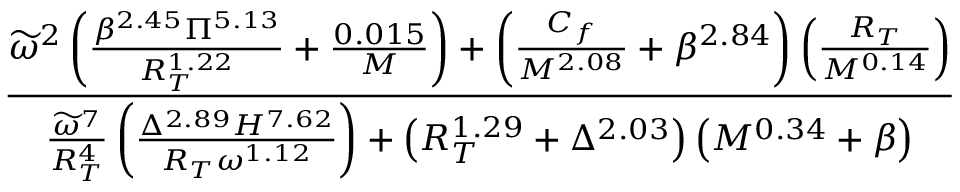
\frac { \widetilde { \omega } ^ { 2 } \left( \frac { \beta ^ { 2 . 4 5 } \Pi ^ { 5 . 1 3 } } { R _ { T } ^ { 1 . 2 2 } } + \frac { 0 . 0 1 5 } { M } \right) + \left( \frac { C _ { f } } { M ^ { 2 . 0 8 } } + \beta ^ { 2 . 8 4 } \right) \left( \frac { R _ { T } } { M ^ { 0 . 1 4 } } \right) } { \frac { \widetilde { \omega } ^ { 7 } } { R _ { T } ^ { 4 } } \left( \frac { \Delta ^ { 2 . 8 9 } H ^ { 7 . 6 2 } } { R _ { T } \omega ^ { 1 . 1 2 } } \right) + \left( R _ { T } ^ { 1 . 2 9 } + \Delta ^ { 2 . 0 3 } \right) \left( M ^ { 0 . 3 4 } + \beta \right) }